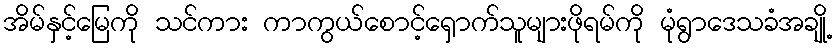
အိမ်နှင့်မြေကို သင်ကား ကာကွယ်စောင့်ရှောက်သူများဖိုရမ်ကို မုံရွာဒေသခံအချို့